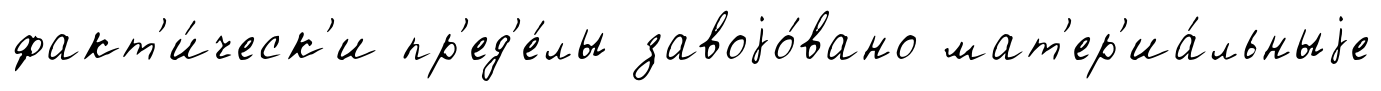
факт'и́ческ'и пр'ед'е́лы завоjо́вано мат'ер'иа́льныjе